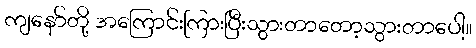
ကျနော်တို့ အကြောင်းကြားပြီးသွားတာတော့သွားတာပေါ့။